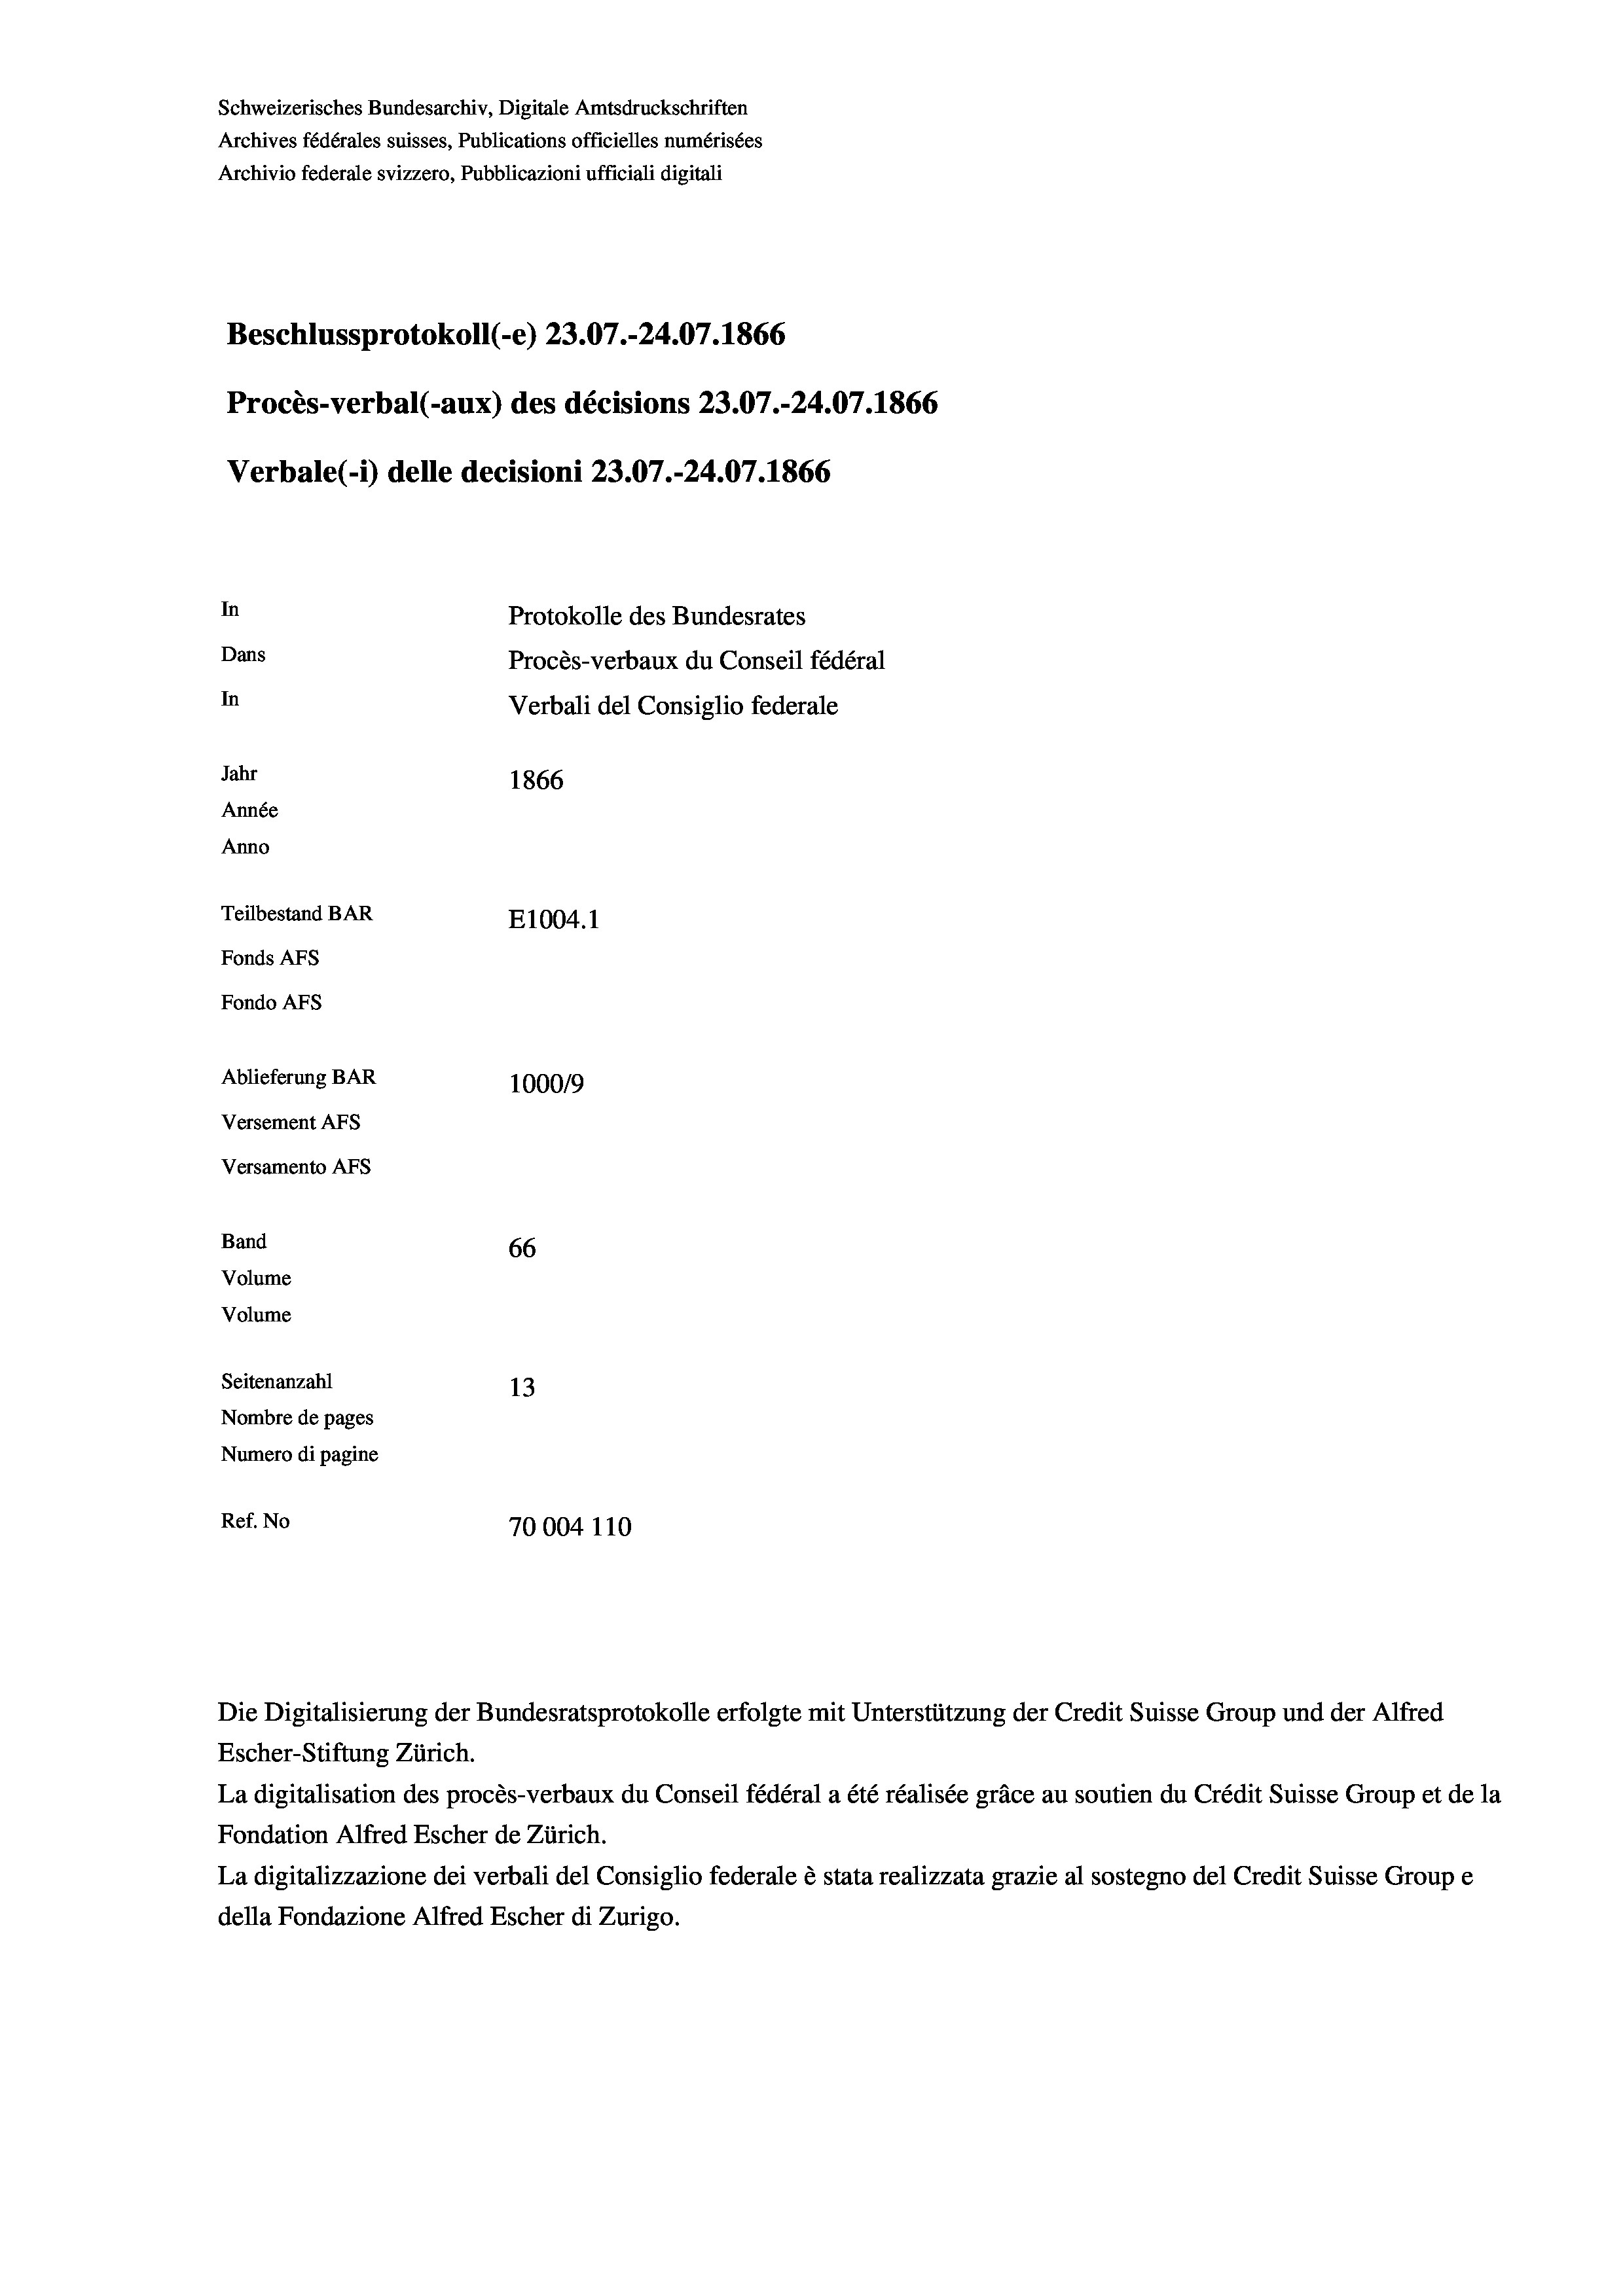
Schweizerisches Bundesarchiv, Digitale Amtsdruckschriften
Archives fédérales suisses, Publications officielles numérisées
Archivio federale svizzero, Pubblicazioni ufficiali digitali
Beschlussprotokoll (-e) 23.07.-24.07. 1866
Procès-verbal (-aux) des décisions 23.07.-24.07. 1866
Verbale(*) delle decisioni 23.07.-24.07. 1866
In
Protokolle des Bundesrates
Dans
Procès-verbaux du Conseil fédéral
In
Verbali del Consiglio federale
Jahr
1866
Année
Anno
Teilbestand BAR
E1004. 1
Fonds AFs
Fondo AFS
Ablieferung BAR
100019
Versement AFs
Versamento AFs

Band
Volume
Volume
Seitenanzahl

66
13
Nombre de pages
Numero di pagine
Ref. No
70004110

Die Digitalisierung der Bundesratsprotokolle erfolgte mit Unterstützung der Credit Suisse Group und der Alfred
Escher-Stiftung Zürich.
La digitalisation des procès-verbaux du Conseil fédéral a été réalisée gräce au soutien du Crédit Suisse Group et de la
Fondation Alfred Escher de Zürich.
La digitalizzazione dei verbali del Consiglio federale è stata realizzata grazie al sostegno del Credit Suisse Groupe
della Fondazione Alfred Escher di Zurigo.